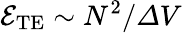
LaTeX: \mathcal{E}_{\mathrm{TE}}\sim{{N^{2}}/{\varDelta V}}